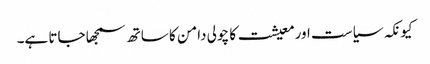
کیونکہ سیاست اورمعیشت کا چولی دامن کا ساتھ سمجھا جاتا ہے۔